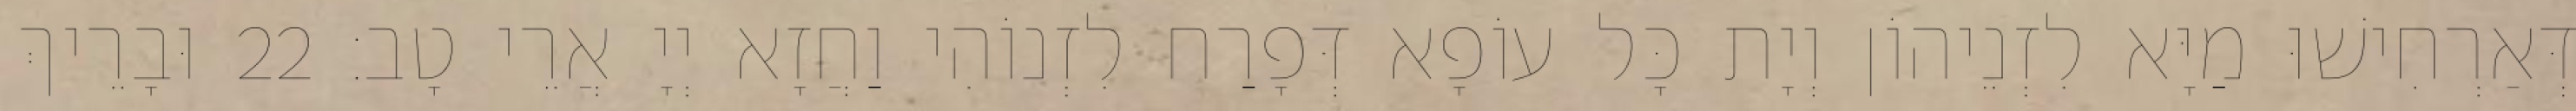
דְּאַרְחִישׁוּ מַיָּא לִזְנֵיהוֹן וְיָת כָּל עוֹפָא דְּפָרַח לִזְנוֹהִי וַחֲזָא יְיָ אֲרֵי טָב׃ 22 וּבָרֵיךְ